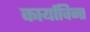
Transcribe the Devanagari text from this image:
कार्याविन्त